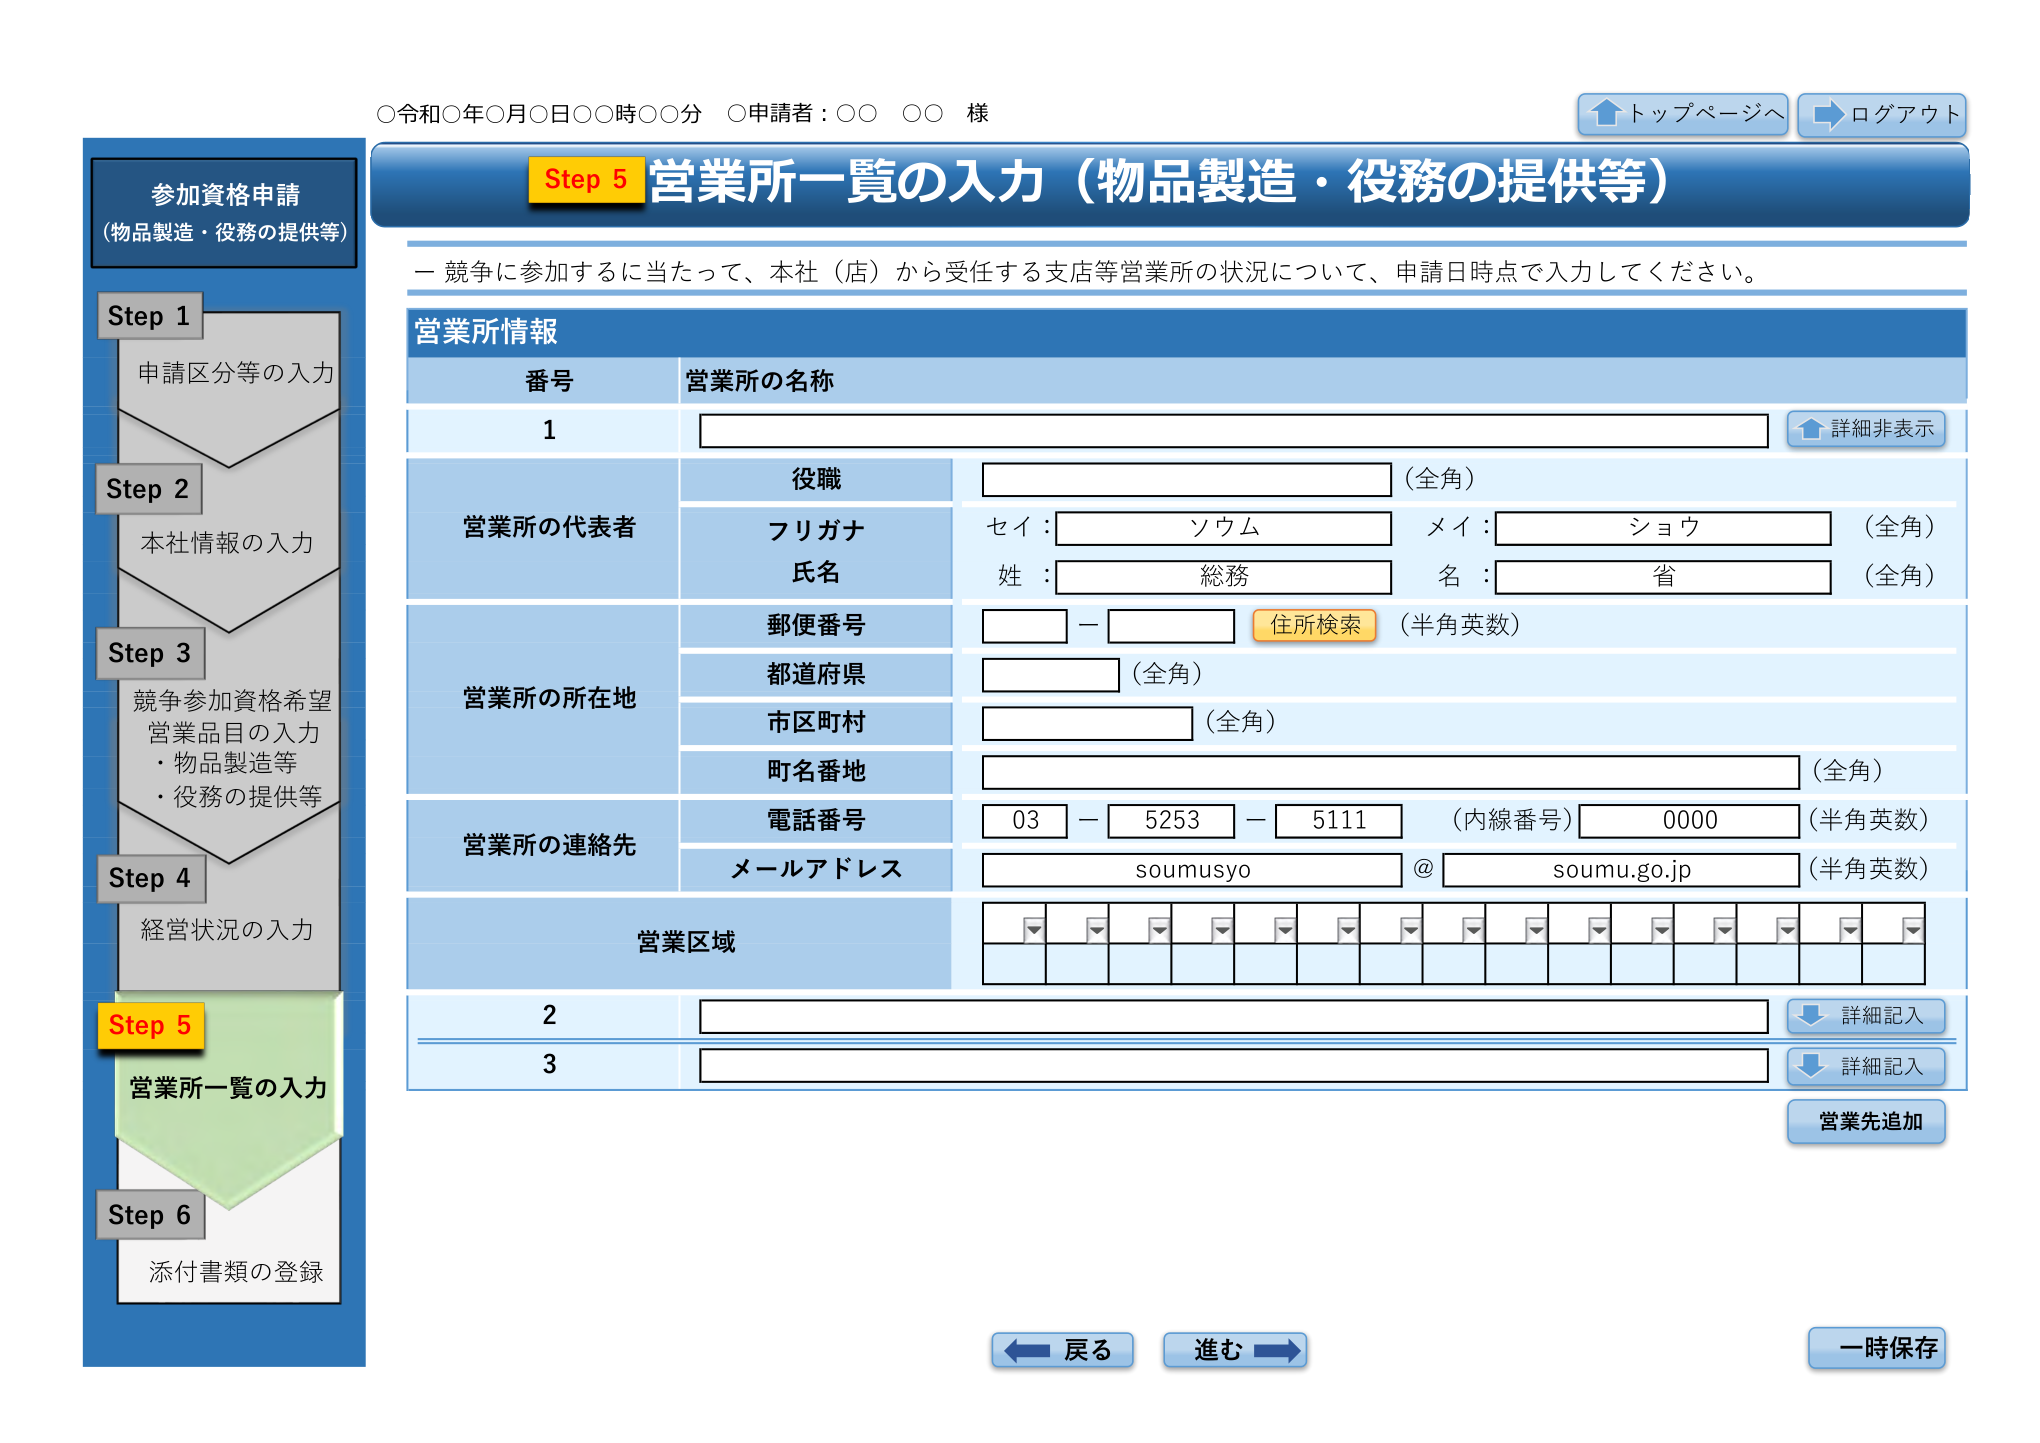
○令和○年○月○日○○時○○分 ○申請者：○○ ○○ 様

トップページへ
ログアウト

参加資格申請
（物品製造・役務の提供等）

Step 1
申請区分等の入力

Step 2
本社情報の入力

Step 3
競争参加資格希望
営業品目の入力
・物品製造等
・役務の提供等

Step 4
経営状況の入力

Step 5
営業所一覧の入力

Step 6
添付書類の登録

Step 5 営業所一覧の入力（物品製造・役務の提供等）

－ 競争に参加するに当たって、本社（店）から受任する支店等営業所の状況について、申請日時点で入力してください。

営業所情報

番号 営業所の名称
1

役職 （全角）

営業所の代表者
フリガナ
セイ： ソウム メイ： ショウ （全角）
氏名
姓： 総務 名： 省 （全角）

郵便番号 住所検索 （半角英数）

営業所の所在地
都道府県 （全角）
市区町村 （全角）
町名番地 （全角）

営業所の連絡先
電話番号 03 － 5253 － 5111 （内線番号） 0000 （半角英数）
メールアドレス soumusyo @ soumu.go.jp （半角英数）

営業区域

2

3

詳細非表示
詳細記入
詳細記入
営業先追加

戻る
進む
一時保存